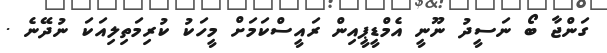
ގަންޖާ ބޯ ނަސީދު ނޫނީ އެމްޑީޕީއިން ރައީސްކަމަށް މީީހަކު ކުރިމަތިލިއަކަ ނުދޭނެ .